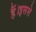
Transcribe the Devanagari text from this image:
हैं।इससे